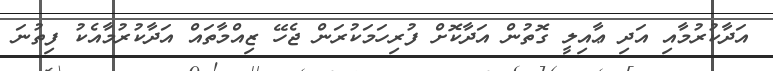
އަދާކުރުމާއި އަދި ޢާއިލީ ގޮތުން އަދާކޮށް ފުރިހަމަކުރަން ޖެހޭ ޒިއްމާތައް އަދާކުރުމާއެކު ފިތުނަ